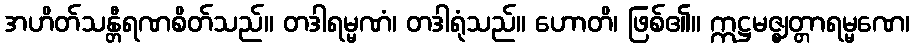
အဟိတ်သန္တီရဏစိတ်သည်။ တဒါရမ္မဏံ၊ တဒါရုံသည်။ ဟောတိ၊ ဖြစ်၏။ ဣဋ္ဌမဇ္ဈတ္တာရမ္မဏေ၊